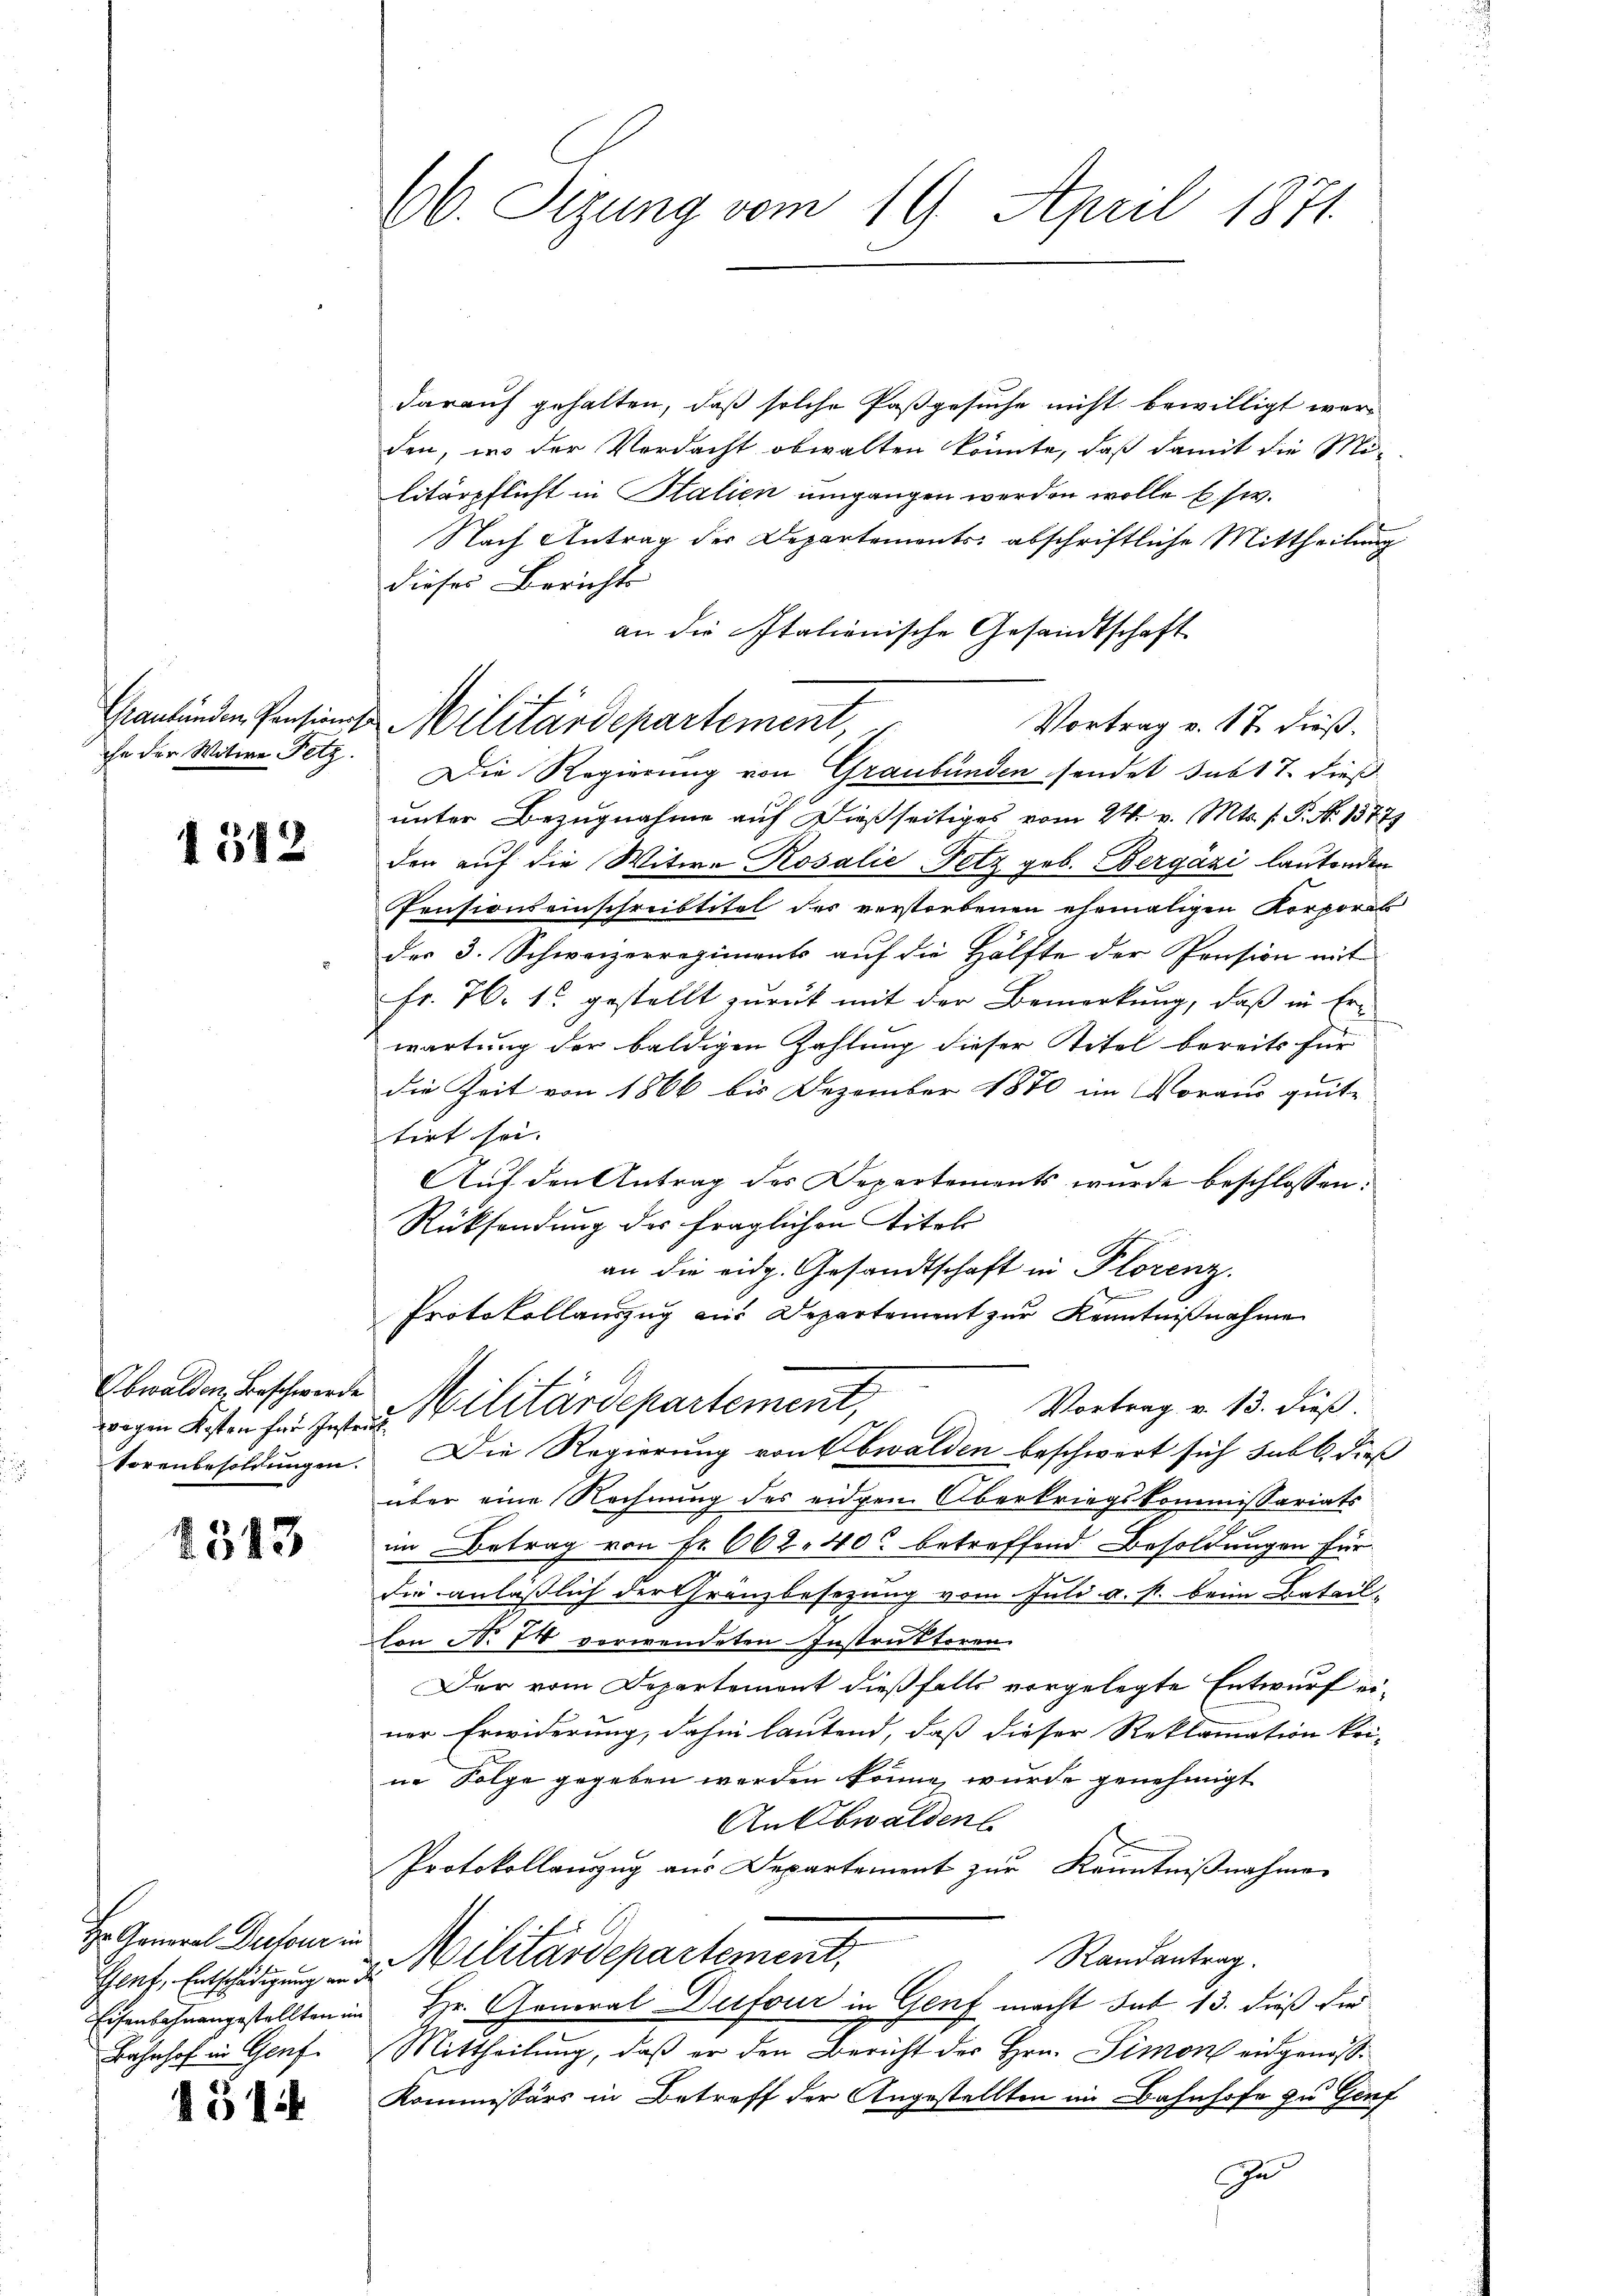
ihe der Witwe Fetz.

1512

wegen Kosten für Instruk
Vorenbesoldungen.

2343

Hr. General Dictor in
Eisenbahnangestellten im

451

66. Sizung vom 19. April 1871

Graubünden Pensinns Militärdepartement,

darauf gehalten, daß solche Paß gesuche nicht bewilligt wer-
den, in der Verdacht obwalten könnte, daß damit die Melitärpflicht in Stalien umgangen werden wolle usw.
Nach Antrag der Departements abschriftliche Mittheilung
dieses Berichts
an die Italienische Gesandtschaft
Vortrag v. 17. dieß¬
Die Regierung von Graubünden sendet sub 17. dieß
unter Bezugnahme auf dießseitiges vom 24. v. Mts. f. P. No 13777
der auf die Witwe Rosalie, Fetz geb. Bergázi lautenden
Pensionseinschreibtitel des verstorbenen ehemaligen Korporat
des 3. Schweizerregiments auf die Hälfte der Pension mit
Fr. 76. 1. gestellt zurück mit der Bemerkung, daß in Er-
wartung der baldigen Zahlung dieser Titel bereits für
die Zeit von 1866 bis Dezember 1870 im Voraus quite
tirt sei.
Auf den Antrag des Departements wurde beschlossen:
Rücksendung des fraglichen Titels
an die eidg. Gesandtschaft in Plorenz.
Protokollauszug aus Departement zur Kenntnißnahme
Obwalden Beschwerde Militärdepartement,
Vortrag v. 13. dieß.
Die Regierung von Obwalden beschwert sich subl. dies
über eine Rechnung des eidgen Oberkriegskommissariats
im Betrag von Fr. 662. 400 betreffend Besoldungen für
die anläßlich der Gränzbesezung vom Juli u. s. beim Batail-
lon N. 78 verwendeten Instruktoren
Der vom Departement dießfalls vorgelegte Entwurf einer Erwiderung, dahin lautend, daß dieser Reklamation kri-
ne Folge gegeben werden könne, wurde genehmigt
An Obwalden
Protokollanzug aus Departement zur Kenntnißnahme
Randantrag.
Hanf, Entschätzung der Militärdepartement,
Hr. General Dufour in Genf macht sub 13. dieß die
Bahnhof in Genf. Mittheilung, daß er den Bericht des Hrn. Simon eidgenoss
Kommissärs in Betreff der Angestellten im Bahnhofe zu Genf
Zu